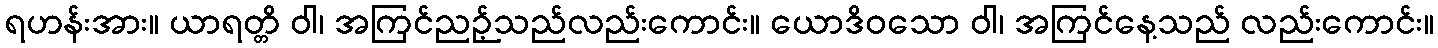
ရဟန်းအား။ ယာရတ္တိ ဝါ၊ အကြင်ညဉ့်သည်လည်းကောင်း။ ယောဒိဝသော ဝါ၊ အကြင်နေ့သည် လည်းကောင်း။